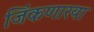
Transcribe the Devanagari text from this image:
जिंकणारया